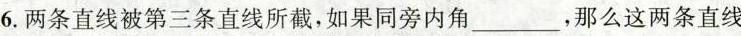
6.两条直线被第三条直线所截，如果同旁内角___，那么这两条直线